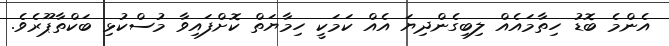
އެންމެ ބޮޑު ހިތާމައެއް ލިބިގެންދިޔަ އެއް ކަމަކީ ހިމާޔަތް ކޮށްފައިވާ މުސްކުޅި ބަކްތާޕޫރެވެ.